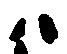
ハ